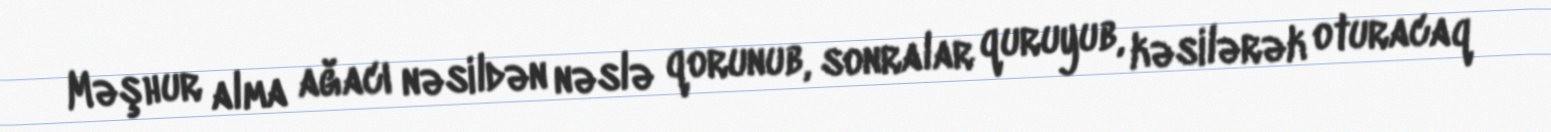
Məşhur alma ağacı nəsildən nəslə qorunub, sonralar quruyub, kəsilərək oturacaq